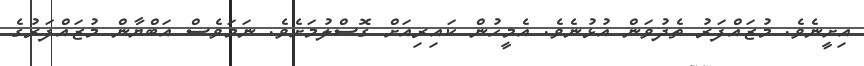
އިށީނެވެ. މުޒައްފަރު ތެދުވަން އުޅުނެވެ. އެމީހުން ކައިރިއަށް ގޮސްލުމަށެވެ. ނަމަވެސް އަބްޔާން މުޒައްފަރުގެ